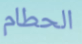
الحطام